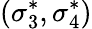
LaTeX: (\sigma_{3}^{*},\sigma_{4}^{*})